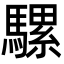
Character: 騾